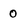
Character: 0